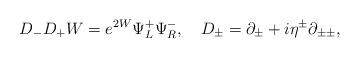
LaTeX: \begin{align*}D_-D_+W = e^{2W}\Psi^+_L\Psi^-_R,~~~D_{\pm} = \partial_{\pm} + i\eta^{\pm}\partial_{\pm\pm},\end{align*}